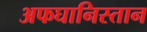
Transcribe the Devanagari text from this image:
अफघानिस्तान